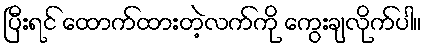
ပြီးရင် ထောက်ထားတဲ့လက်ကို ကွေးချလိုက်ပါ။